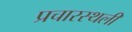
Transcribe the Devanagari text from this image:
प्रचारस्‍थली